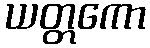
ယတ္တကော